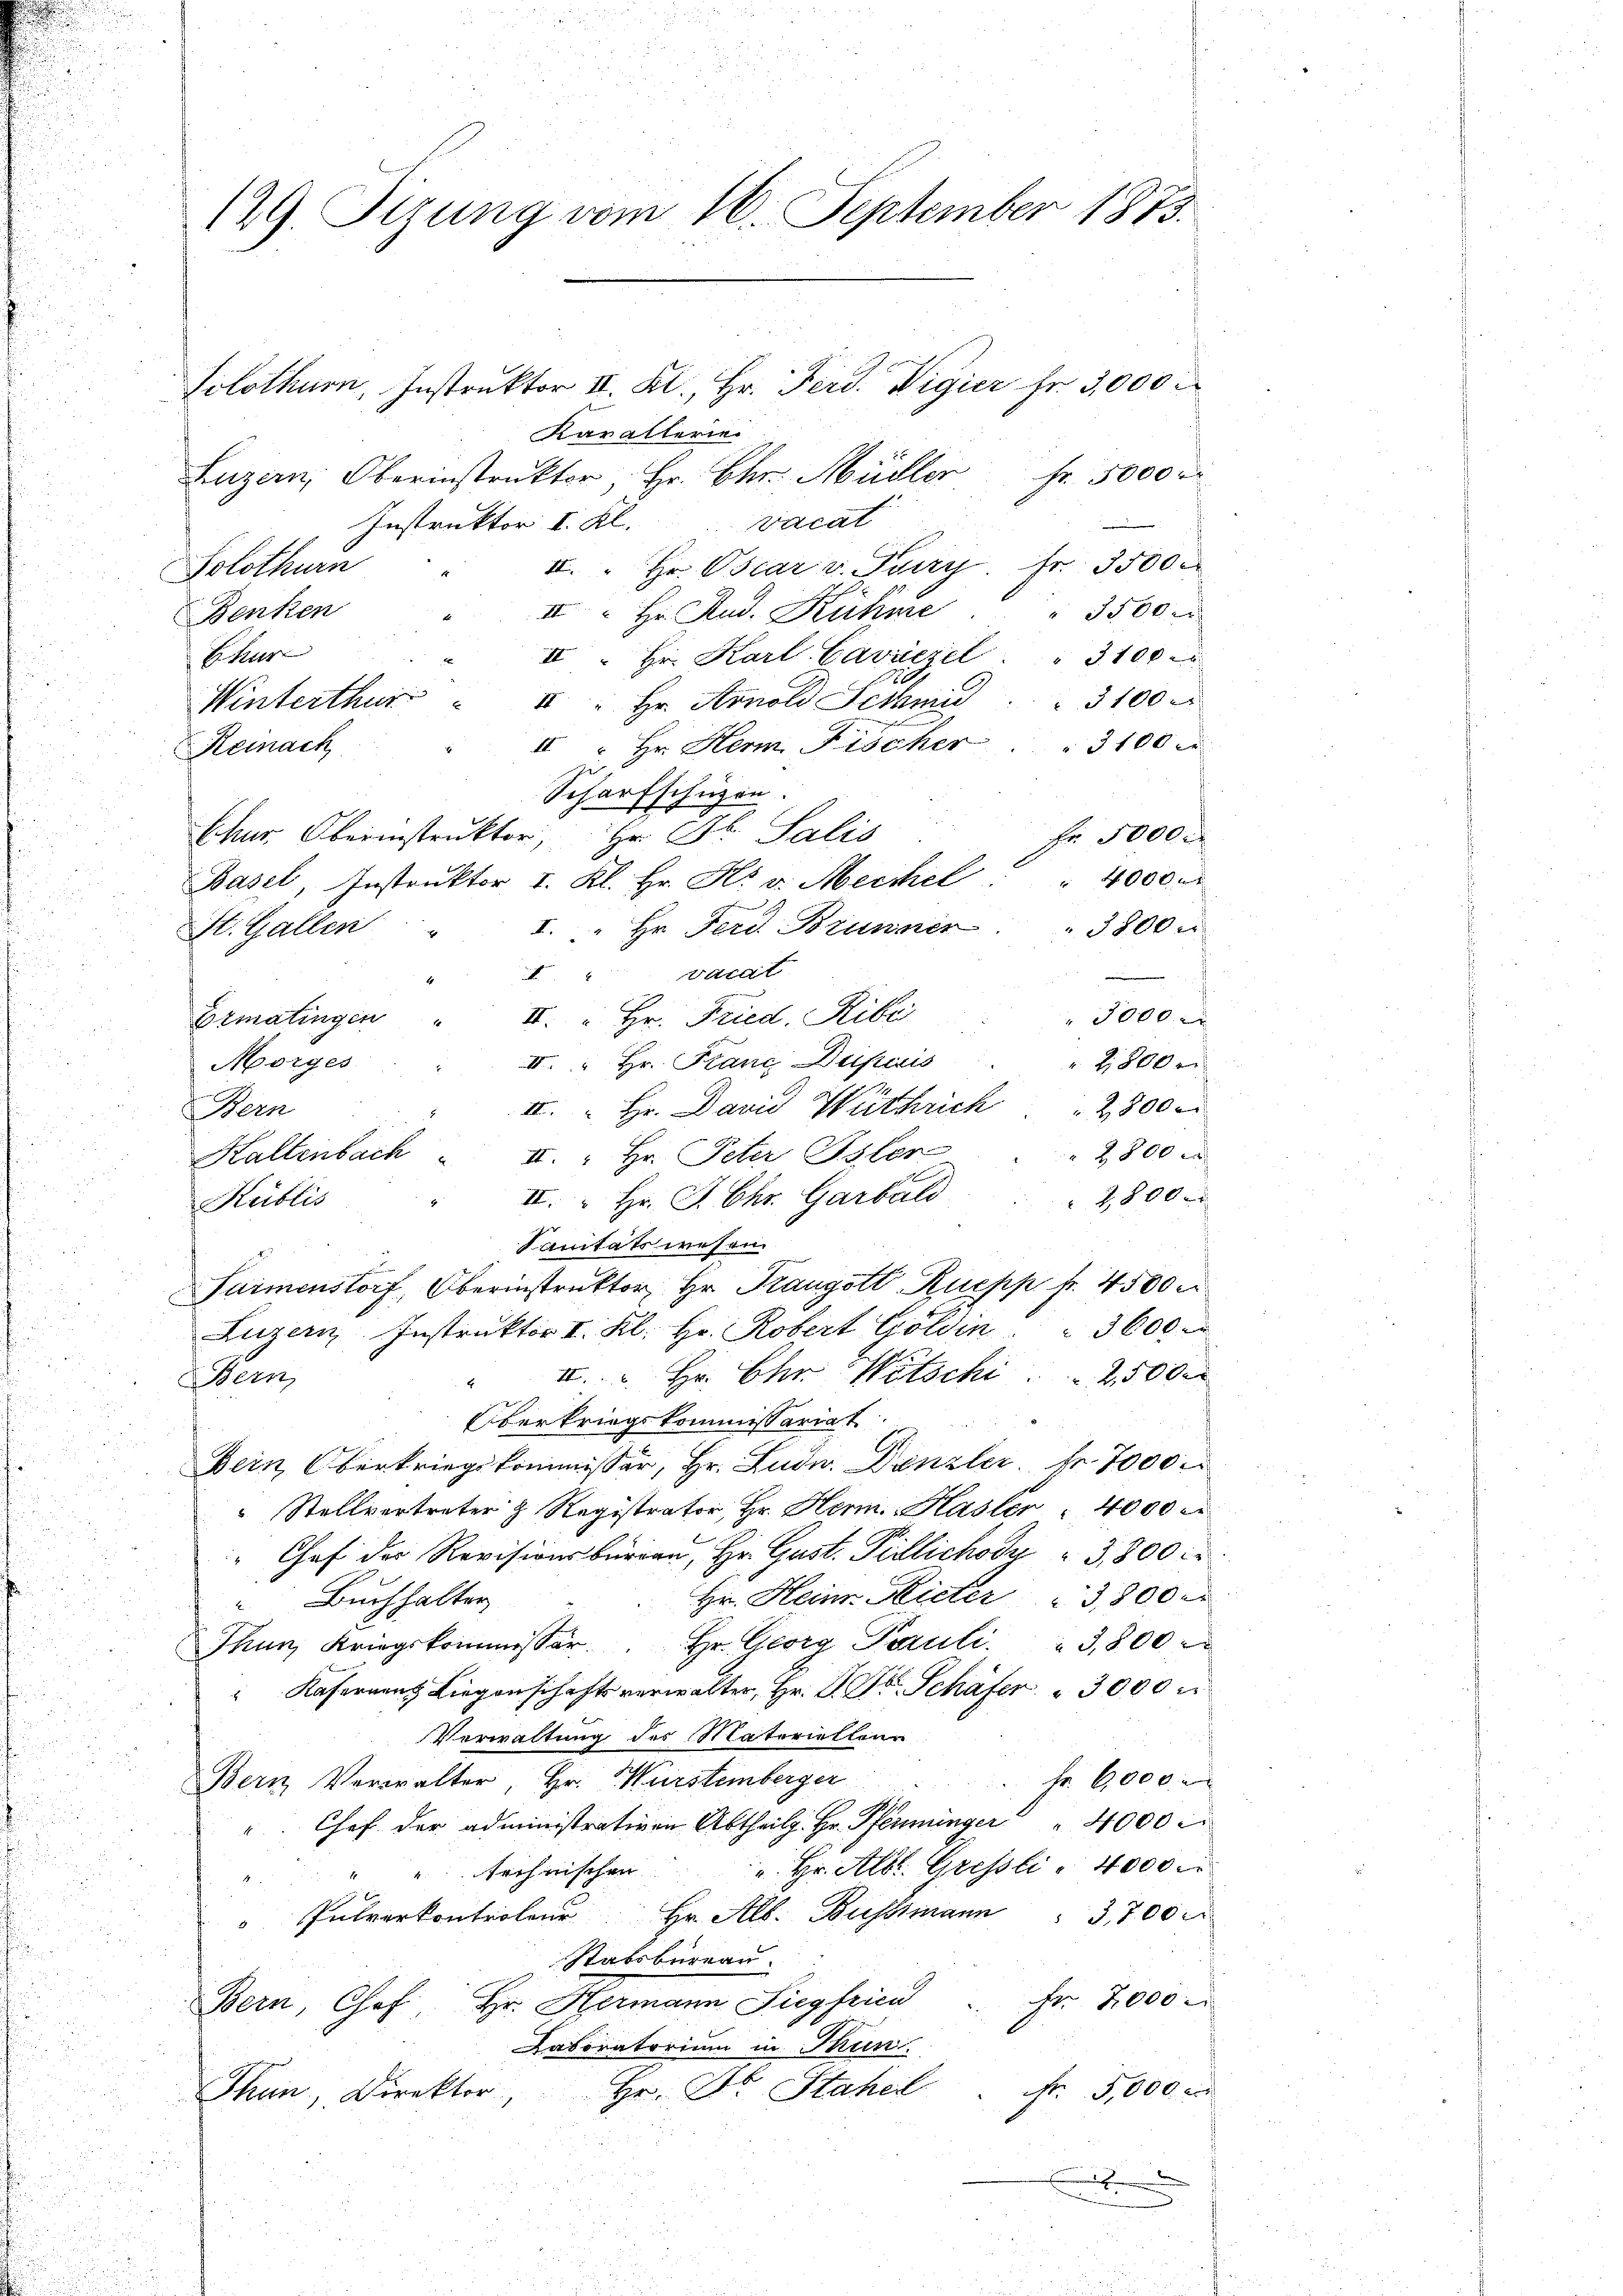
129. Sizung vom 16. September 1873.
Solothurn, Instruktor II. Kl., Hr. Ferd. Vigier fr. 3,000

Kavallerie
Luzern, Oberinstruktor, Hr. Chr. Müller Fr. 5000 r
Instruktor I. Kl. vacat
II. " Hr. Oscar v. Juny. Fr. 3500.
Solothurn
" 3500 r
u  Hr. Rud. Rühme
Benken
Chur
II. Hr. Karl Caviezel   "  3100
Winterthur " " " Hr. Arnold Schmid                      100
3100 r
II " Hr. Herm Fischer
Remnach
Scharfschüzen.
Ehur. Oberinstruktor, Hr. Dr. Salis
Fr. 5000
 4000
Basel, Instruktor I. Kl. Hr. H. v. Meckel
I. " Hr. Ferd. Brunner      "  3800 x
St. Gallen
"III. " wardt
3000.
Ermatingen " II. " Hr. Fried. Ribi
II. Hr. Franc Duperis
Morges
2,800 r
III. Hr. David Wüthrich   2800
Hein
2800 x
Kaltenbach " II. " Hr. Peter Isler
III. Hr. J. Chr. Garbald
2800 x
Kublis
Sanitätswesen
.
Saimenstorf, Oberinstruktor Hr. Prangott Ruepp fr. 4500 r
Luzern Instruktor I. Kl. Hr. Robert Goldin " 3600.
" u. Hr. Ehr Witschi. 2500
Bern
Oberkriegskommissariat
Bein Oberkriegskommissär, Hr. Lude. Denzler Fr. 7000
" Stellvertreter & Registrator Hr. Herm. Hasler " 4000 M.
Chef der Revisionsbürgen, Hr. Gust. Pillichody " 3,800 Fr
Hr. Heim Mieter " 3,800 er
Buchhalter
Thun, Kriegskommissär Hr. Georg Pauli. " 3,800
Kafernen Liegenschaftsverwalter, Hr. D. Dr. Schäfer " 3000
Verwaltung des Materielleur
Fr. 6000
Bern Verwalter, Hr. Wurstemberger
Chef der administrativen Abtheilg. Hr. Pfenninger " " 4000
". Hr. Alb. Griessli - 4000 r
" " Rechnischen
 Pulverkontroler Hr. Alb. Bussmann" 3,700
Stabsbureau.
Bern, Chof. Hr. Hermann Siegfrica " Fr. 2000
Laboratorium in Thun.
Hr. Dr. Stahel
Nr 5,000. a
Thun, Direktor
2
.
d

25